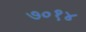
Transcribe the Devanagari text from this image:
७०१४